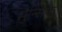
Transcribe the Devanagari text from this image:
मुन्सिफ